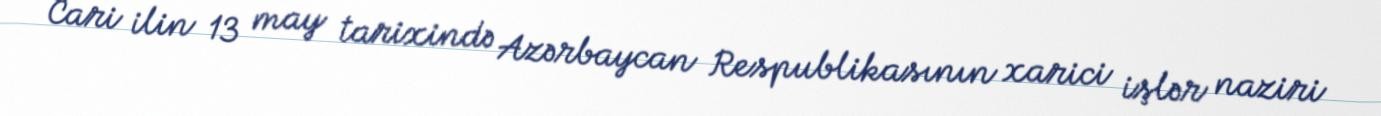
Cari ilin 13 may tarixində Azərbaycan Respublikasının xarici işlər naziri